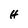
Character: H